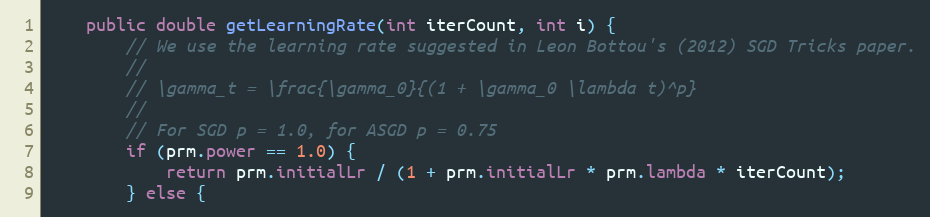
Language: Java
    public double getLearningRate(int iterCount, int i) {
        // We use the learning rate suggested in Leon Bottou's (2012) SGD Tricks paper.
        //
        // \gamma_t = \frac{\gamma_0}{(1 + \gamma_0 \lambda t)^p}
        //
        // For SGD p = 1.0, for ASGD p = 0.75
        if (prm.power == 1.0) {
            return prm.initialLr / (1 + prm.initialLr * prm.lambda * iterCount);
        } else {